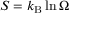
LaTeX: S = k _ { \mathrm { B } } \ln \Omega